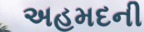
અહમદની